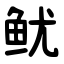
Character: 鱿